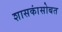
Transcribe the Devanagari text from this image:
शासकांसोबत